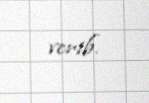
verib.